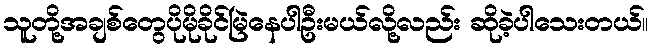
သူတို့အချစ်တွေပိုမိုခိုင်မြဲနေပါဦးမယ်လို့လည်း ဆိုခဲ့ပါသေးတယ်။